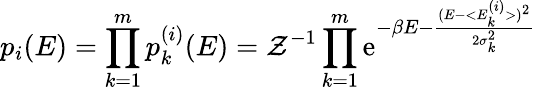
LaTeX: p_{i}(E)=\prod_{k=1}^{m}p_{k}^{(i)}(E)=\mathcal{Z}^{-1}\prod_{k=1}^{m}\mathrm{e}^{-\beta E-\frac{(E-<E_{k}^{(i)}>)^{2}}{2\sigma_{k}^{2}}}